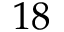
1 8